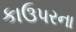
કાઉપરના